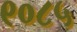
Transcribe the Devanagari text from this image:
९०८५